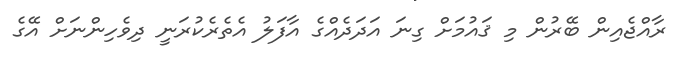
ރާއްޖެއިން ބޭރުން މި ޤައުމަށް ގިނަ އަދަދެއްގެ އާފަލު އެތެރެކުރަނީ ދިވެހިންނަށް އޭގެ